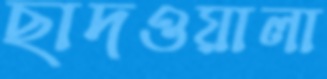
ছাদওয়ালা